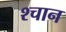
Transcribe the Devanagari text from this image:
श्चान